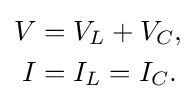
{\begin{aligned}V&=V_{L}+V_{C},\\I&=I_{L}=I_{C}.\end{aligned}}